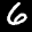
Label: 6